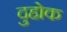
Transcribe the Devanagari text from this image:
दुहोक